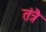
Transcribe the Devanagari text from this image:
तंत्रै